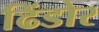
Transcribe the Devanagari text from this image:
ढिंडोर